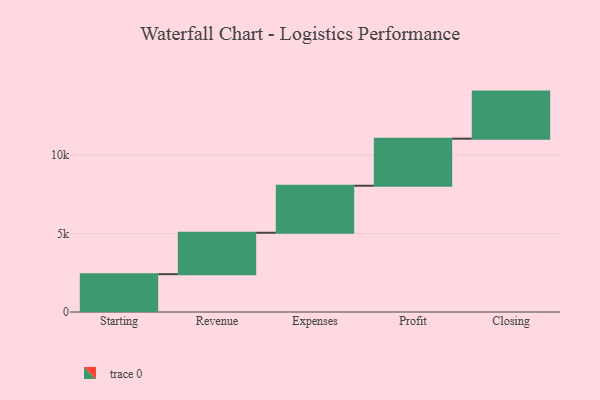
{"axis": {"x": "Step", "y": "Value"}, "legend": [""], "data": [{"x": "Starting", "y": 2410.0, "type": ""}, {"x": "Revenue", "y": 2641.0, "type": ""}, {"x": "Expenses", "y": 2997.0, "type": ""}, {"x": "Profit", "y": 3000, "type": ""}, {"x": "Closing", "y": 3000, "type": ""}]}